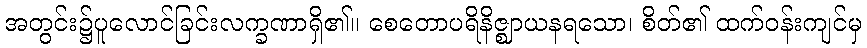
အတွင်း၌ပူလောင်ခြင်းလက္ခဏာရှိ၏။ စေတောပရိနိဇ္ဈာယနရသော၊ စိတ်၏ ထက်ဝန်းကျင်မှ